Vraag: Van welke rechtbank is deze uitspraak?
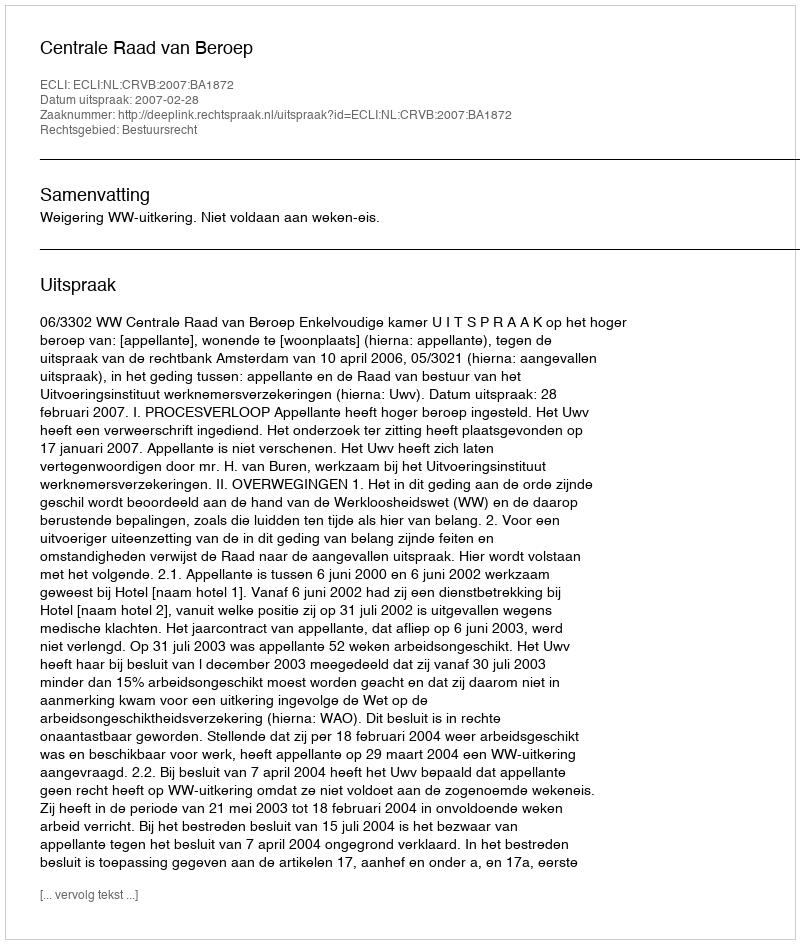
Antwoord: Centrale Raad van Beroep